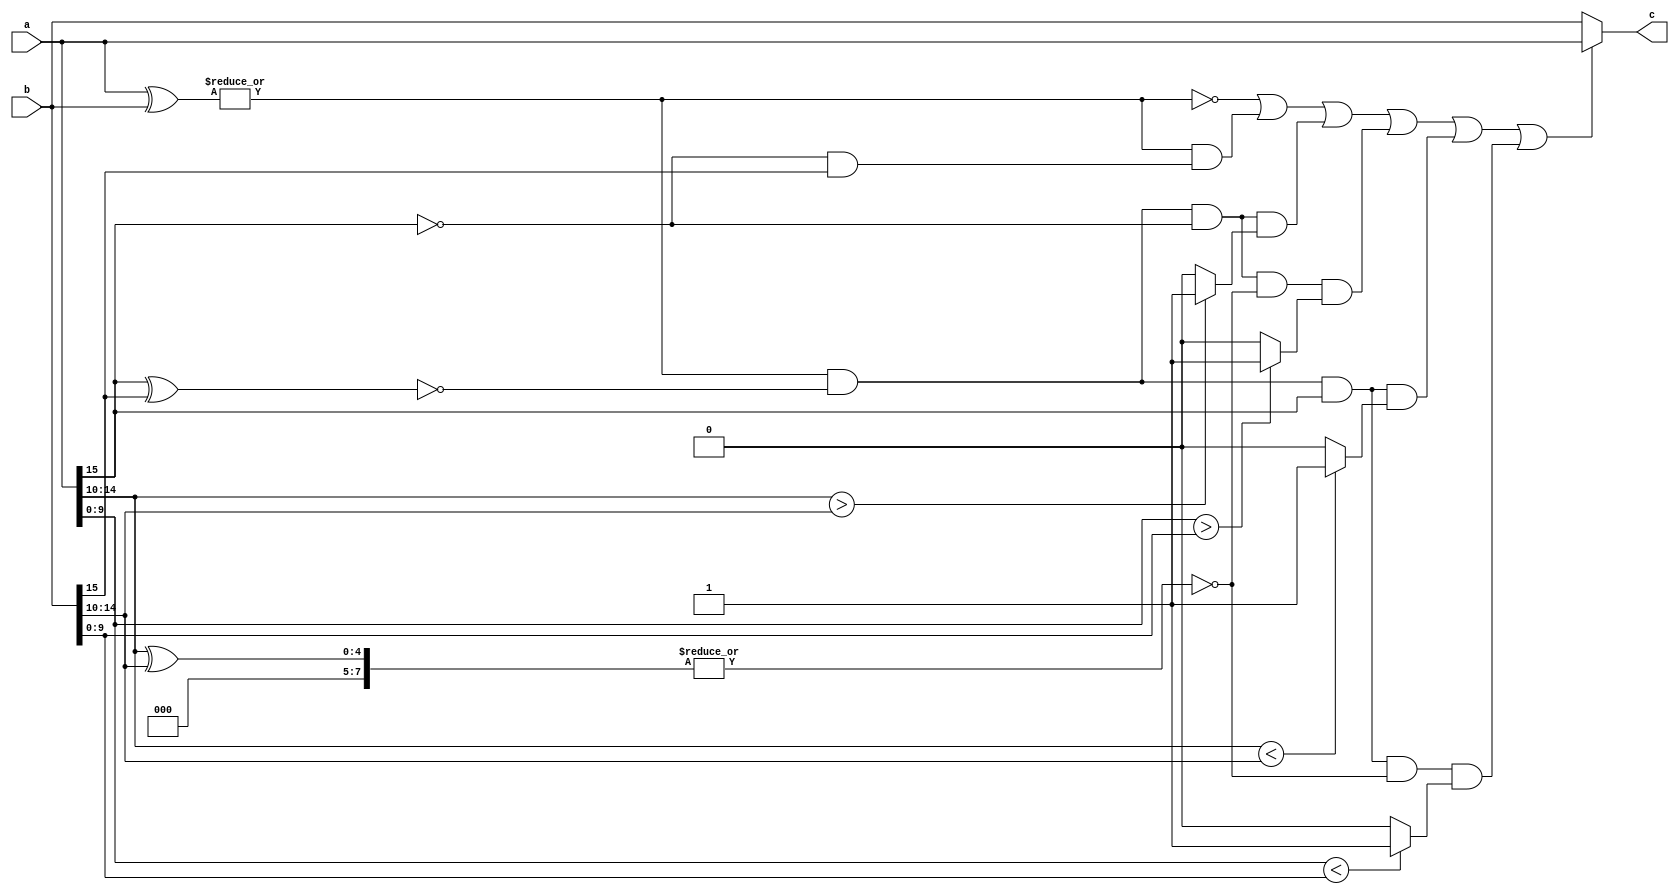
module float_compare (
    input  [15 : 0] a,
    input  [15 : 0] b,
    output [15 : 0] c
);
    wire            a_sign  = a[15];
    wire   [4 : 0]  a_exponent = a[14 : 10];
    wire   [9 : 0]  a_mantissa  = a[9 : 0];
    wire            b_sign  = b[15];
    wire   [7 : 0]  b_exponent = b[14 : 10];
    wire   [9 : 0]  b_mantissa  = b[9 : 0];
    
    wire            a_e_b = ~(| (a[15 : 0] ^ b[15 : 0]));
    wire            a_sign_l_b_sign = (~a_sign) & b_sign;
    wire            a_sign_e_b_sign = ~(a_sign ^ b_sign);
    wire            a_exponent_g_b_exponent = a_exponent > b_exponent ? 1 : 0;
    wire            a_exponent_l_b_exponent = a_exponent < b_exponent ? 1 : 0;
    wire            a_exponent_e_b_exponent = ~(| (a_exponent ^ b_exponent));
    wire            a_mantissa_g_b_mantissa = a_mantissa > b_mantissa ? 1 : 0;
    wire            a_mantissa_l_b_mantissa = a_mantissa < b_mantissa ? 1 : 0;
    
    wire            condition1 = a_e_b;
    //wire            condition2 = ~a_e_b & a_sign_g_b_sign;
    wire            condition3 = ~a_e_b & a_sign_l_b_sign;
    wire            condition4 = ~a_e_b & a_sign_e_b_sign & (~a_sign) & a_exponent_g_b_exponent;
    //wire            condition5 = ~a_e_b & a_sign_e_b_sign & (~a_sign) & a_exponent_l_b_exponent;
    wire            condition6 = ~a_e_b & a_sign_e_b_sign & (~a_sign) & a_exponent_e_b_exponent & a_mantissa_g_b_mantissa;
    //wire            condition7 = ~a_e_b & a_sign_e_b_sign & (~a_sign) & a_exponent_e_b_exponent & a_mantissa_l_b_mantissa;
    //wire            condition8 = ~a_e_b & a_sign_e_b_sign & (a_sign) & a_exponent_g_b_exponent;                           
    wire            condition9 = ~a_e_b & a_sign_e_b_sign & (a_sign) & a_exponent_l_b_exponent;                           
    //wire            condition10= ~a_e_b & a_sign_e_b_sign & (a_sign) & a_exponent_e_b_exponent & a_mantissa_g_b_mantissa;         
    wire            condition11= ~a_e_b & a_sign_e_b_sign & (a_sign) & a_exponent_e_b_exponent & a_mantissa_l_b_mantissa;         
    
    assign c = (condition1 | condition3 | condition4 | condition6 | condition9 | condition11) ? a : b;
endmodule